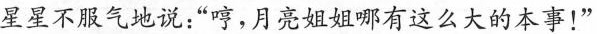
星星不服气地说：“哼，月亮姐姐哪有这么大的本事！”